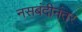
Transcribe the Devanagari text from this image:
नसबंदीनंतर